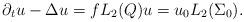
LaTeX: \begin{align*} \partial_t u - \Delta u = f L_2(Q) u = u_0 L_2(\Sigma_0).\end{align*}